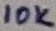
Text: 10K